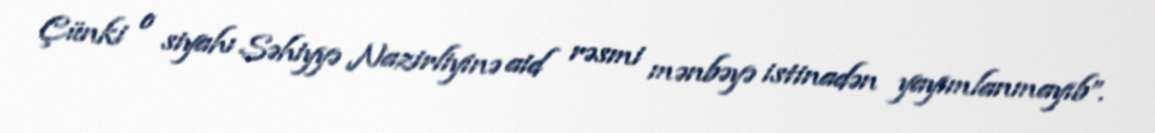
Çünki o siyahı Səhiyyə Nazirliyinə aid rəsmi mənbəyə istinadən yayımlanmayıb”.